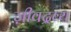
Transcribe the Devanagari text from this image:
ज़ीवद्रव्य